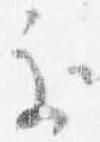
処